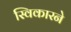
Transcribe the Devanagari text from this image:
स्विकारने